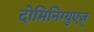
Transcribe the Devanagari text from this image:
दोमिनिग्युएज़्